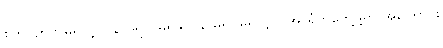
စိတ်ဝိဉာဏ်မရှိလျှင် နာမ်ရုပ် မရှိနိုင်၊ နာမ်ရုပ်မရှိလျှင် အာရုံကိုတွေ့ဖို့ရာ အကြောင်း